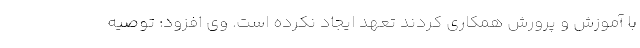
با آموزش و پرورش همکاری کردند تعهد ایجاد نکرده است. وی افزود: توصیه